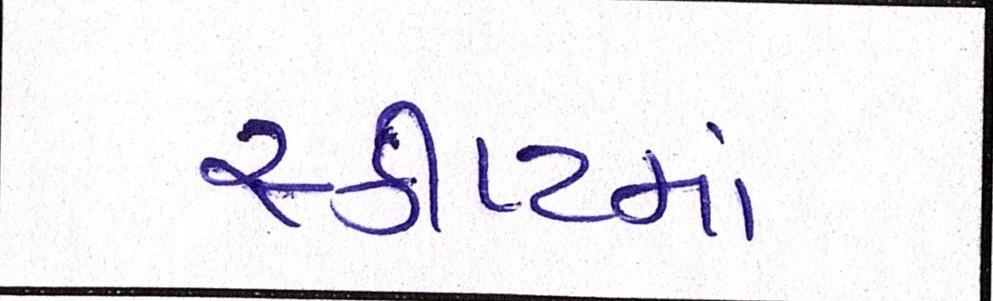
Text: સ્ક્રીપ્ટમાં